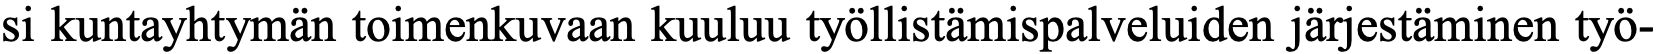
si kuntayhtymän toimenkuvaan kuuluu työllistämispalveluiden järjestäminen työ-